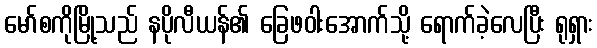
မော်စကိုမြို့သည် နပိုလီယန်၏ ခြေဖဝါးအောက်သို့ ရောက်ခဲ့လေပြီး ရုရှား